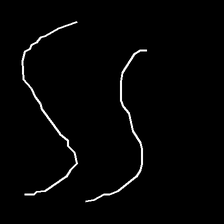
Glyph: float